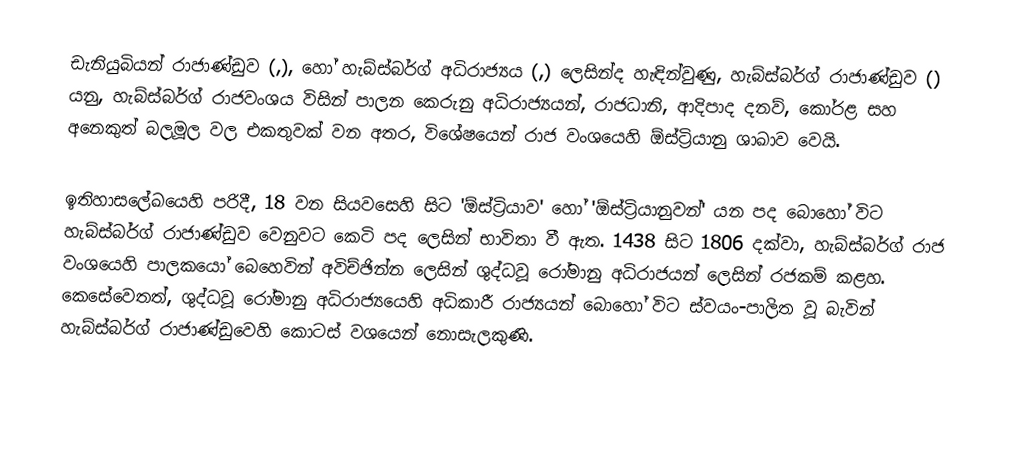
ඩැනියුබියන් රාජාණ්ඩුව (,), හෝ හැබ්ස්බර්ග් අධිරාජ්‍යය (,) ලෙසින්ද හැඳින්වුණු, හැබ්ස්බර්ග් රාජාණ්ඩුව () යනු, හැබ්ස්බර්ග් රාජවංශය විසින් පාලන කෙරුනු අධිරාජ්‍යයන්, රාජධානි, ආදිපාද දනව්, කෝරළ සහ අනෙකුත් බලමූල වල එකතුවක් වන අතර, විශේෂයෙන් රාජ වංශයෙහි ඕස්ට්‍රියානු ශාඛාව වෙයි.

 ඉතිහාසලේඛයෙහි  පරිදී, 18 වන සියවසෙහි සිට  'ඕස්ට්‍රියාව' හෝ 'ඕස්ට්‍රියානුවන්' යන පද බොහෝ විට හැබ්ස්බර්ග් රාජාණ්ඩුව වෙනුවට කෙටි පද ලෙසින් භාවිතා වී ඇත. 1438 සිට 1806 දක්වා, හැබ්ස්බර්ග් රාජ වංශයෙහි පාලකයෝ බෙහෙවින් අවිච්ඡින්න ලෙසින් ශුද්ධවූ රෝමානු අධිරාජයන් ලෙසින් රජකම් කළහ. කෙසේවෙතත්, ශුද්ධවූ රෝමානු අධිරාජ්‍යයෙහි අධිකාරී රාජ්‍යයන් බොහෝ විට ස්වයං-පාලිත වූ බැවින් හැබ්ස්බර්ග් රාජාණ්ඩුවෙහි කොටස් වශයෙන් නොසැලකුණි.